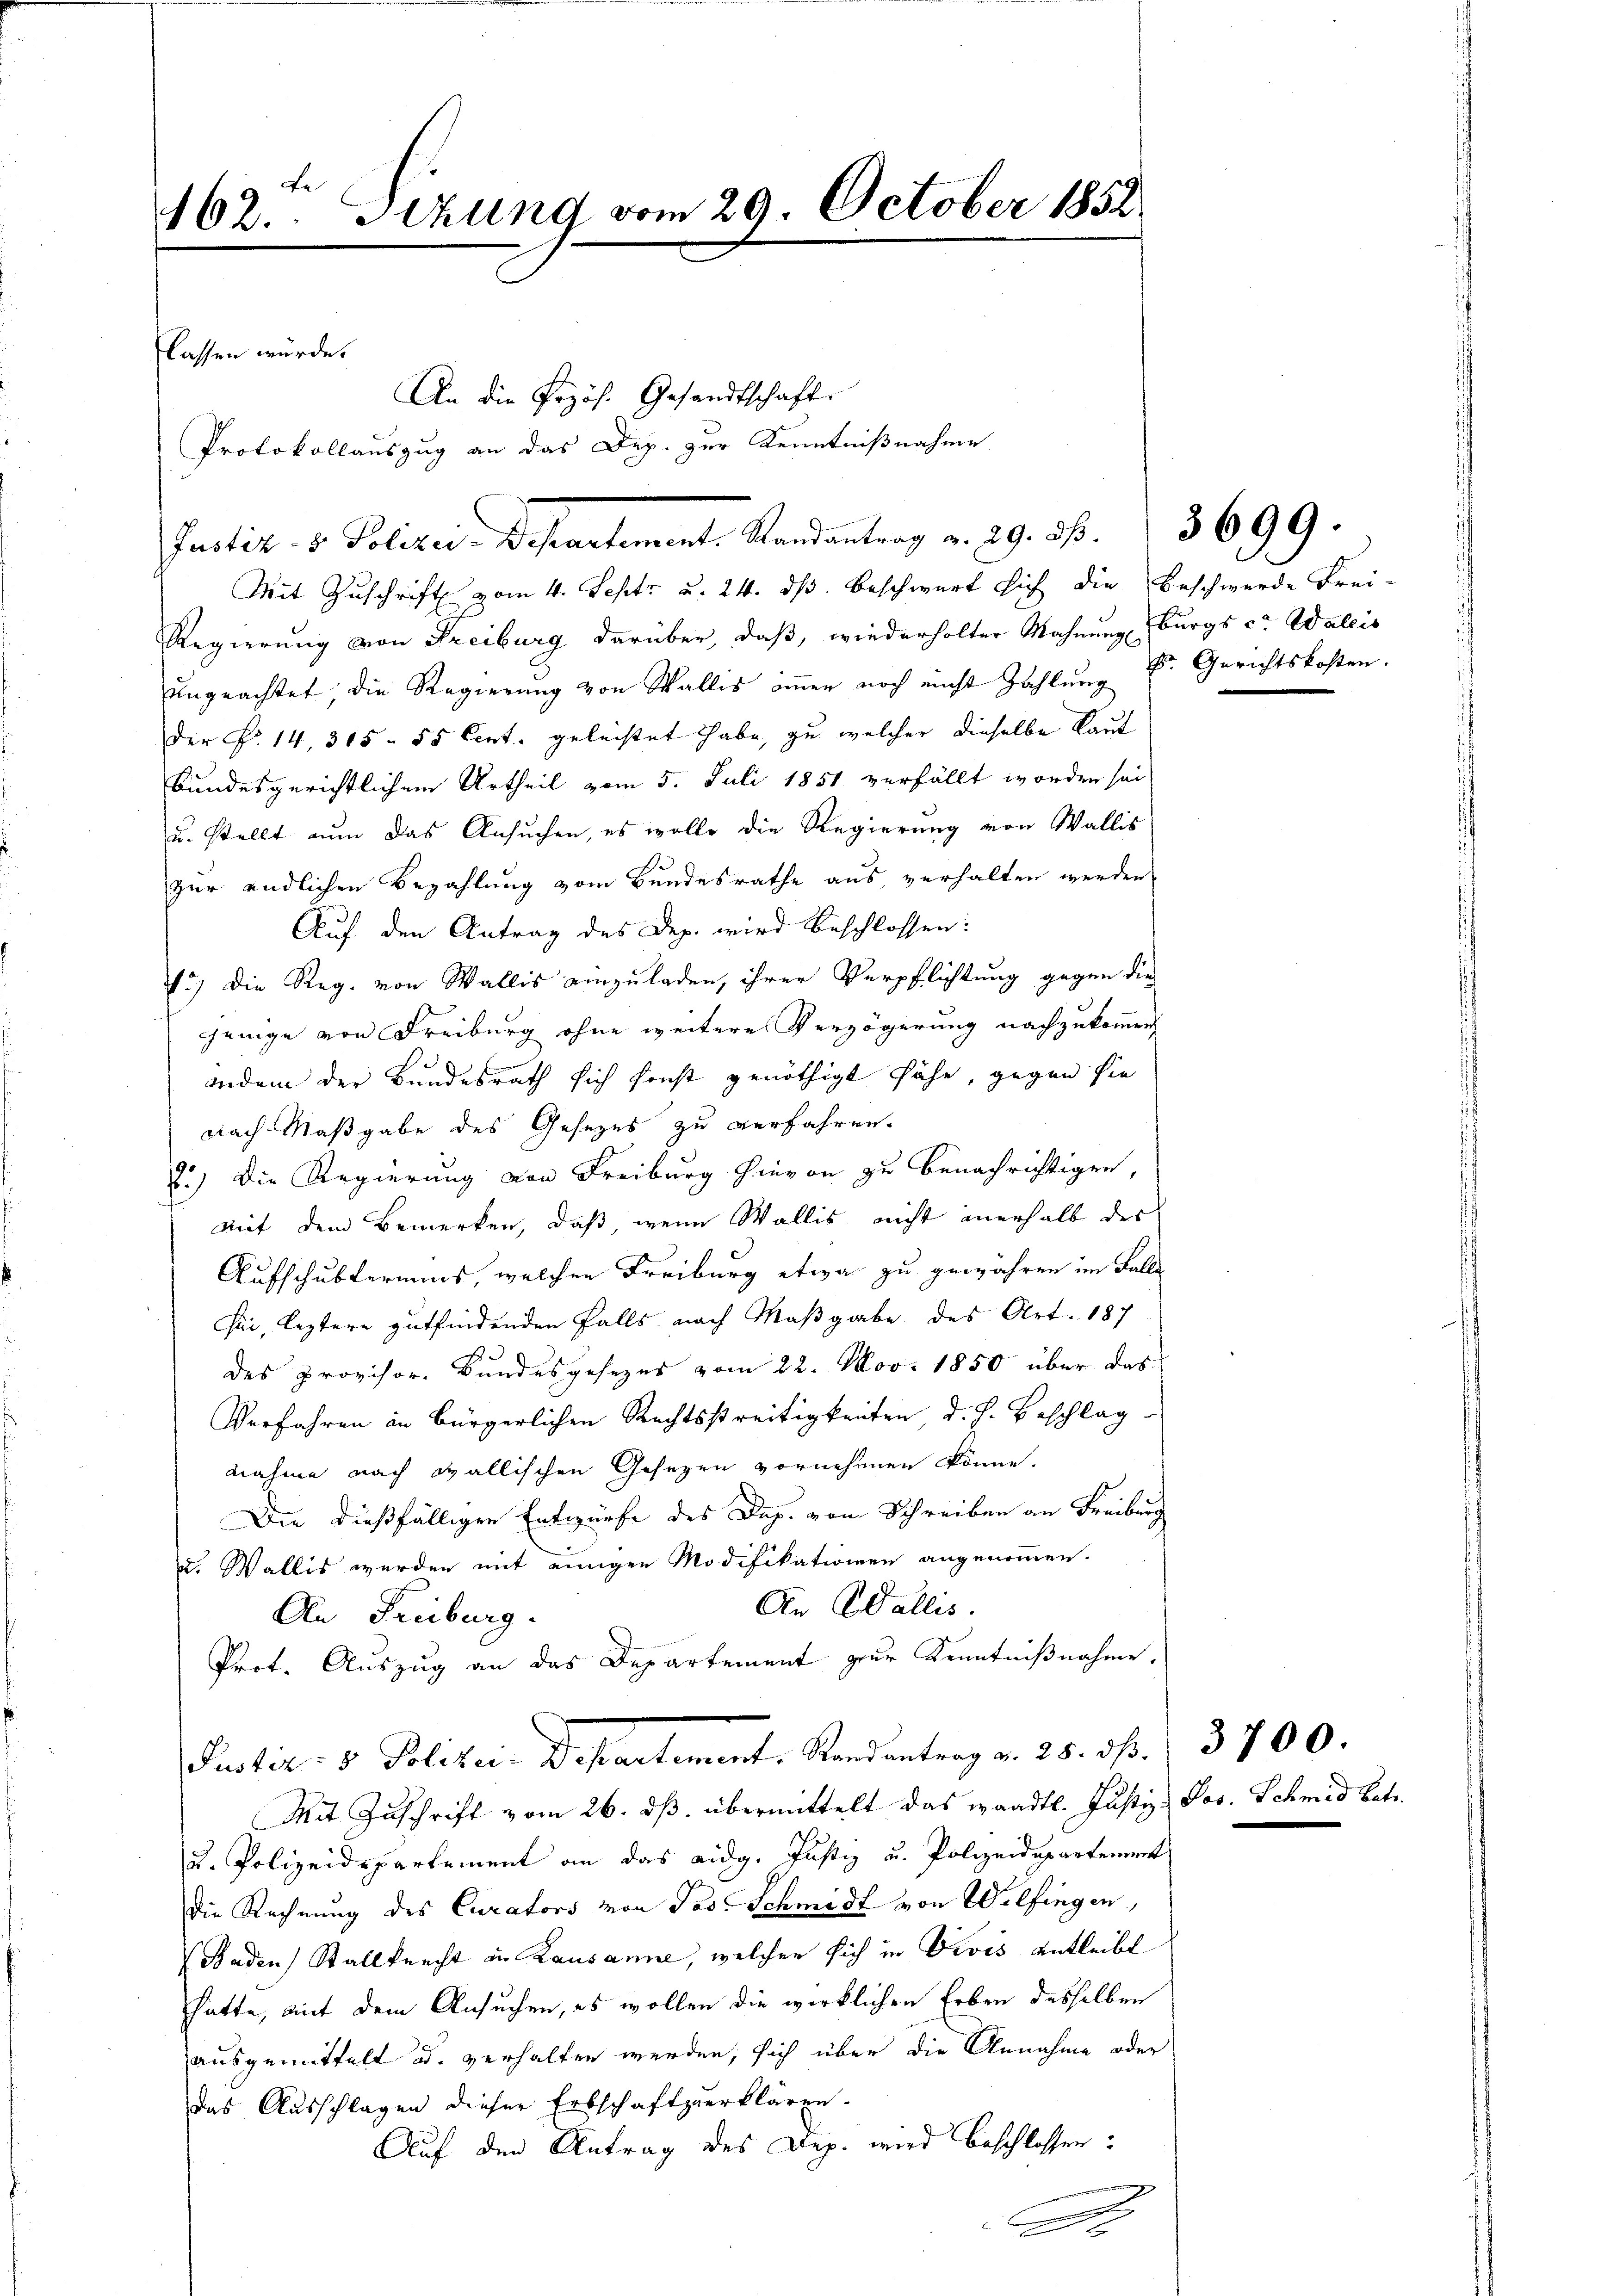
162. Sizung vom 29. October 1852
lassen würde.
An die Przös. Gesandtschaft.
Protokollauszug an das Dep. zur Kenntnißnahme

Mit Zuschrift vom 4. Septz u. 24. ds. beschwert sich die Beschwerde Frei-
Regierung von Freiburg darüber, daß, wiederholter Mahnung burgs c. Wallis
ungeachtet die Regierung von Wallis immer noch nicht Zahlung E. Gerichtskosten.
der Fr. 14, 315. 55 Cent geleistet habe, zu welcher dieselbe laut
Bundesgerichtlichem Urtheil vom 5. Juli 1851 verfällt worden sei
u. stellt nun das Ansuchen, es wolle die Regierung von Wallis
zur endlichen Bezahlung vom Bundesrathe aus verhalten werden,
Auf den Antrag des Dep. wird beschlossen:
12) Die Reg. von Wallis einzuladen, ihrer Verpflichtung gegen die
jenige von Freiburg ohne weitere Verzögerung nachzukommen,
indem der Bundesrath sich sonst genöthigt sähe, gegen sie
nach Maßgabe des Gesezes zu verfahren.
2.) Die Regierung von Freiburg hievon zu benachrichtigen,
mit dem Bemerken, daß, wenn Wallis nicht anerhalb des
Aufschulteriums, welchen Freiburg etwa zu gewähren im Falle
sei, leztere gutfindenden Falls nach Maßgabe des Art. 187
des Provisor. Bundesgesezes vom 22. Nov. 1850 über das
Verfahren in Bürgerlichen Rechtsstreitigkeiten d. h. Beschlag
nahme nach Ballischen Gesezen vornehmen könne.
Die dießfälligen Entwürfe des Dop. von Schreiben an Freiburg
u. Wallis werden mit einigen Modifikationen angenommen.
An Wallis.
An Freiburg.
Prot. Auszug an das Departement zur Kenntnißnahme.
Puster. v. Politicis Departement. Kandantrag v. 25. ds.
Mit Zuschrift vom 26. ds. übermittelt das waadtl. Justiz- Jos. Schmid betr.
u. Polizeidepartement an das eidg. Justiz u. Polizeidepartement
die Rechnung des Curators von Jos. Schmidt von Welfingen,
 Baden Stallknecht in Lausanne, welcher sich in Divis entleibt
hatte, mit dem Ansuchen, es wollen die wirklichen Erben desselben
ausgemittelt u. verhalten werden, sich über die Annahme oder
Das Ausschlagen dieser Erbschaft zuerklären.
Auf den Antrag des Dep. wird beschlossen:
b
2

Justiz- & Polizei-Departement. Randantrag v. 29. d. 3699.

3700.